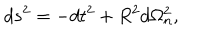
d s ^ { 2 } = - d t ^ { 2 } + R ^ { 2 } d \Omega _ { n } ^ { 2 } ,